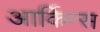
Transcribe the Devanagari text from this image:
आर्किन्स